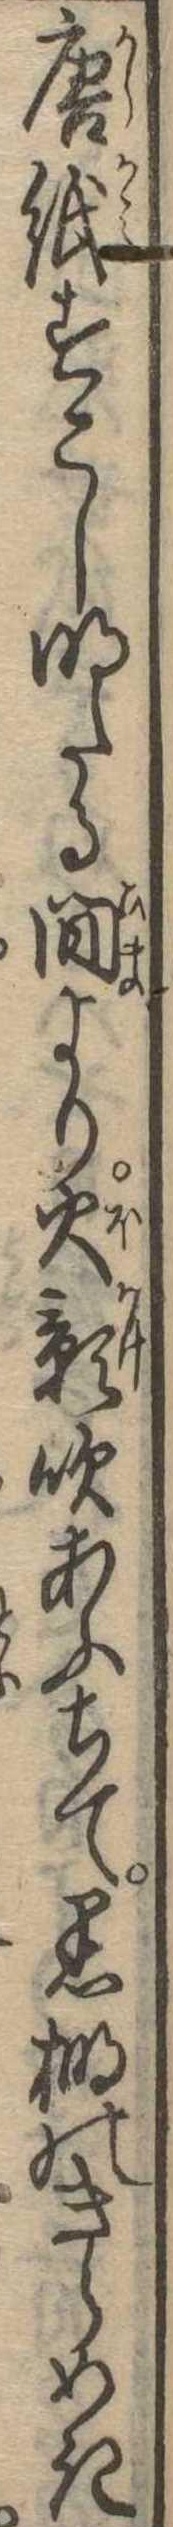
唐紙すこし明たる間より火影吹あふちて黒棚のきらめき